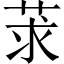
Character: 莍